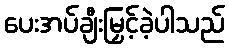
ပေးအပ်ချီးမြှင့်ခဲ့ပါသည်